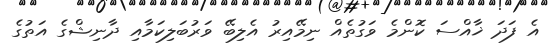
އެ ފަދަ ޚާއްސަ ކޮންމެ ވަގުތެއް ނިމޭއިރު އެލިބޭ ވަރުބަލިކަމާއި ދާނިޝްގެ އަތުގެ